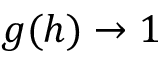
g ( h ) \to 1